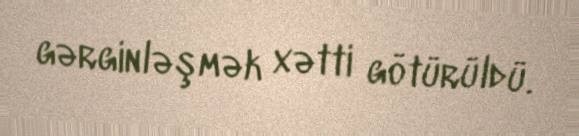
gərginləşmək xətti götürüldü.